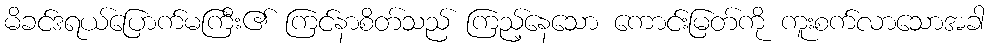
မိခင်ဒရယ်ပြောက်မကြီး၏ ကြင်နာစိတ်သည် ကြည့်နေသော ကောင်းမြတ်ကို ကူးစက်လာသောအခါ